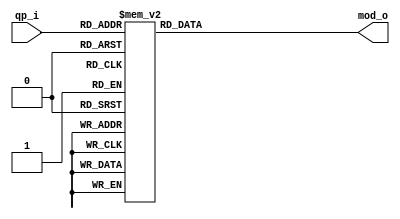
module tq_mod6_l( qp_i, mod_o );
  input  [5:0] qp_i ;
  output [2:0] mod_o;
  reg [2:0] mod_o;

  always @(qp_i) begin
    case(qp_i)
      0, 6,12,18,24,30,36,42,48: mod_o = 3'b000;  
      1, 7,13,19,25,31,37,43,49: mod_o = 3'b001;  
      2, 8,14,20,26,32,38,44,50: mod_o = 3'b010;  
      3, 9,15,21,27,33,39,45,51: mod_o = 3'b011;  
      4,10,16,22,28,34,40,46   : mod_o = 3'b100;  
      5,11,17,23,29,35,41,47   : mod_o = 3'b101;  
      default                  : mod_o = 3'b000;  
    endcase 
  end
endmodule